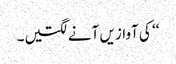
‘‘ کی آوازیں آنے لگتیں۔